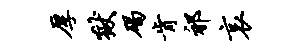
厚狱碣肯祁哀